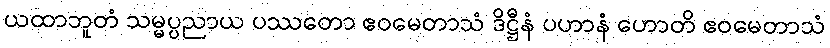
ယထာဘူတံ သမ္မပ္ပညာယ ပဿတော ဧဝမေတာသံ ဒိဋ္ဌီနံ ပဟာနံ ဟောတိ ဧဝမေတာသံ